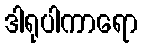
ဒါရုပါကာရော